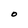
Character: O